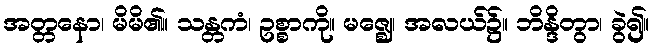
အတ္တနော၊ မိမိ၏။ သန္တကံ၊ ဥစ္စာကို။ မဇ္ဈေ၊ အလယ်၌။ ဘိန္ဒိတွာ၊ ခွဲ၍။